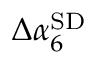
\Delta \alpha _ { 6 } ^ { \mathrm { S D } }